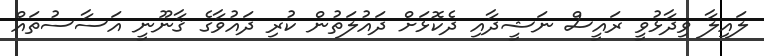
ލައިލާ ވިދާޅުވީ ރައީސް ނަޝީދާއި ދެކޮޅަށް ދައުލަތުން ކުރި ދައުވާގެ ޤާނޫނީ އަސާސުތައް